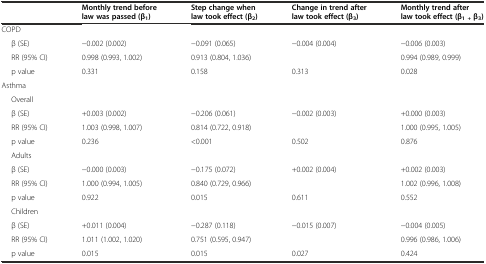
<table><thead><tr><td>[EMPTY_CELL]</td><td><b>Monthly trend before law was passed (β<sub>1</sub>)</b></td><td><b>Step change when law took effect (β<sub>2</sub>)</b></td><td><b>Change in trend after law took effect (β<sub>3</sub>)</b></td><td><b>Monthly trend after law took effect (β<sub>1 +</sub>β<sub>3</sub>)</b></td></tr></thead><tbody><tr><td>COPD</td><td>[EMPTY_CELL]</td><td>[EMPTY_CELL]</td><td>[EMPTY_CELL]</td><td>[EMPTY_CELL]</td></tr><tr><td>β (SE)</td><td>-0.002 (0.002)</td><td>-0.091 (0.065)</td><td>-0.004 (0.004)</td><td>-0.006 (0.003)</td></tr><tr><td>RR (95% CI)</td><td>0.998 (0.993, 1.002)</td><td>0.913 (0.804, 1.036)</td><td>[EMPTY_CELL]</td><td>0.994 (0.989, 0.999)</td></tr><tr><td>p value</td><td>0.331</td><td>0.158</td><td>0.313</td><td>0.028</td></tr><tr><td>Asthma</td><td>[EMPTY_CELL]</td><td>[EMPTY_CELL]</td><td>[EMPTY_CELL]</td><td>[EMPTY_CELL]</td></tr><tr><td>Overall</td><td>[EMPTY_CELL]</td><td>[EMPTY_CELL]</td><td>[EMPTY_CELL]</td><td>[EMPTY_CELL]</td></tr><tr><td>β (SE)</td><td>+0.003 (0.002)</td><td>-0.206 (0.061)</td><td>-0.002 (0.003)</td><td>+0.000 (0.003)</td></tr><tr><td>RR (95% CI)</td><td>1.003 (0.998, 1.007)</td><td>0.814 (0.722, 0.918)</td><td>[EMPTY_CELL]</td><td>1.000 (0.995, 1.005)</td></tr><tr><td>p value</td><td>0.236</td><td>&lt;0.001</td><td>0.502</td><td>0.876</td></tr><tr><td>Adults</td><td>[EMPTY_CELL]</td><td>[EMPTY_CELL]</td><td>[EMPTY_CELL]</td><td>[EMPTY_CELL]</td></tr><tr><td>β (SE)</td><td>-0.000 (0.003)</td><td>-0.175 (0.072)</td><td>+0.002 (0.004)</td><td>+0.002 (0.003)</td></tr><tr><td>RR (95% CI)</td><td>1.000 (0.994, 1.005)</td><td>0.840 (0.729, 0.966)</td><td>[EMPTY_CELL]</td><td>1.002 (0.996, 1.008)</td></tr><tr><td>p value</td><td>0.922</td><td>0.015</td><td>0.611</td><td>0.552</td></tr><tr><td>Children</td><td>[EMPTY_CELL]</td><td>[EMPTY_CELL]</td><td>[EMPTY_CELL]</td><td>[EMPTY_CELL]</td></tr><tr><td>β (SE)</td><td>+0.011 (0.004)</td><td>-0.287 (0.118)</td><td>-0.015 (0.007)</td><td>-0.004 (0.005)</td></tr><tr><td>RR (95% CI)</td><td>1.011 (1.002, 1.020)</td><td>0.751 (0.595, 0.947)</td><td>[EMPTY_CELL]</td><td>0.996 (0.986, 1.006)</td></tr><tr><td>p value</td><td>0.015</td><td>0.015</td><td>0.027</td><td>0.424</td></tr></tbody></table>